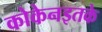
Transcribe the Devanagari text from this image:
कोकेनइतके